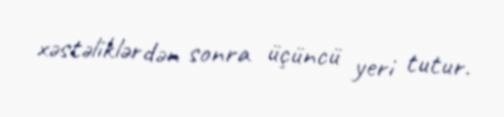
xəstəliklərdən sonra üçüncü yeri tutur.